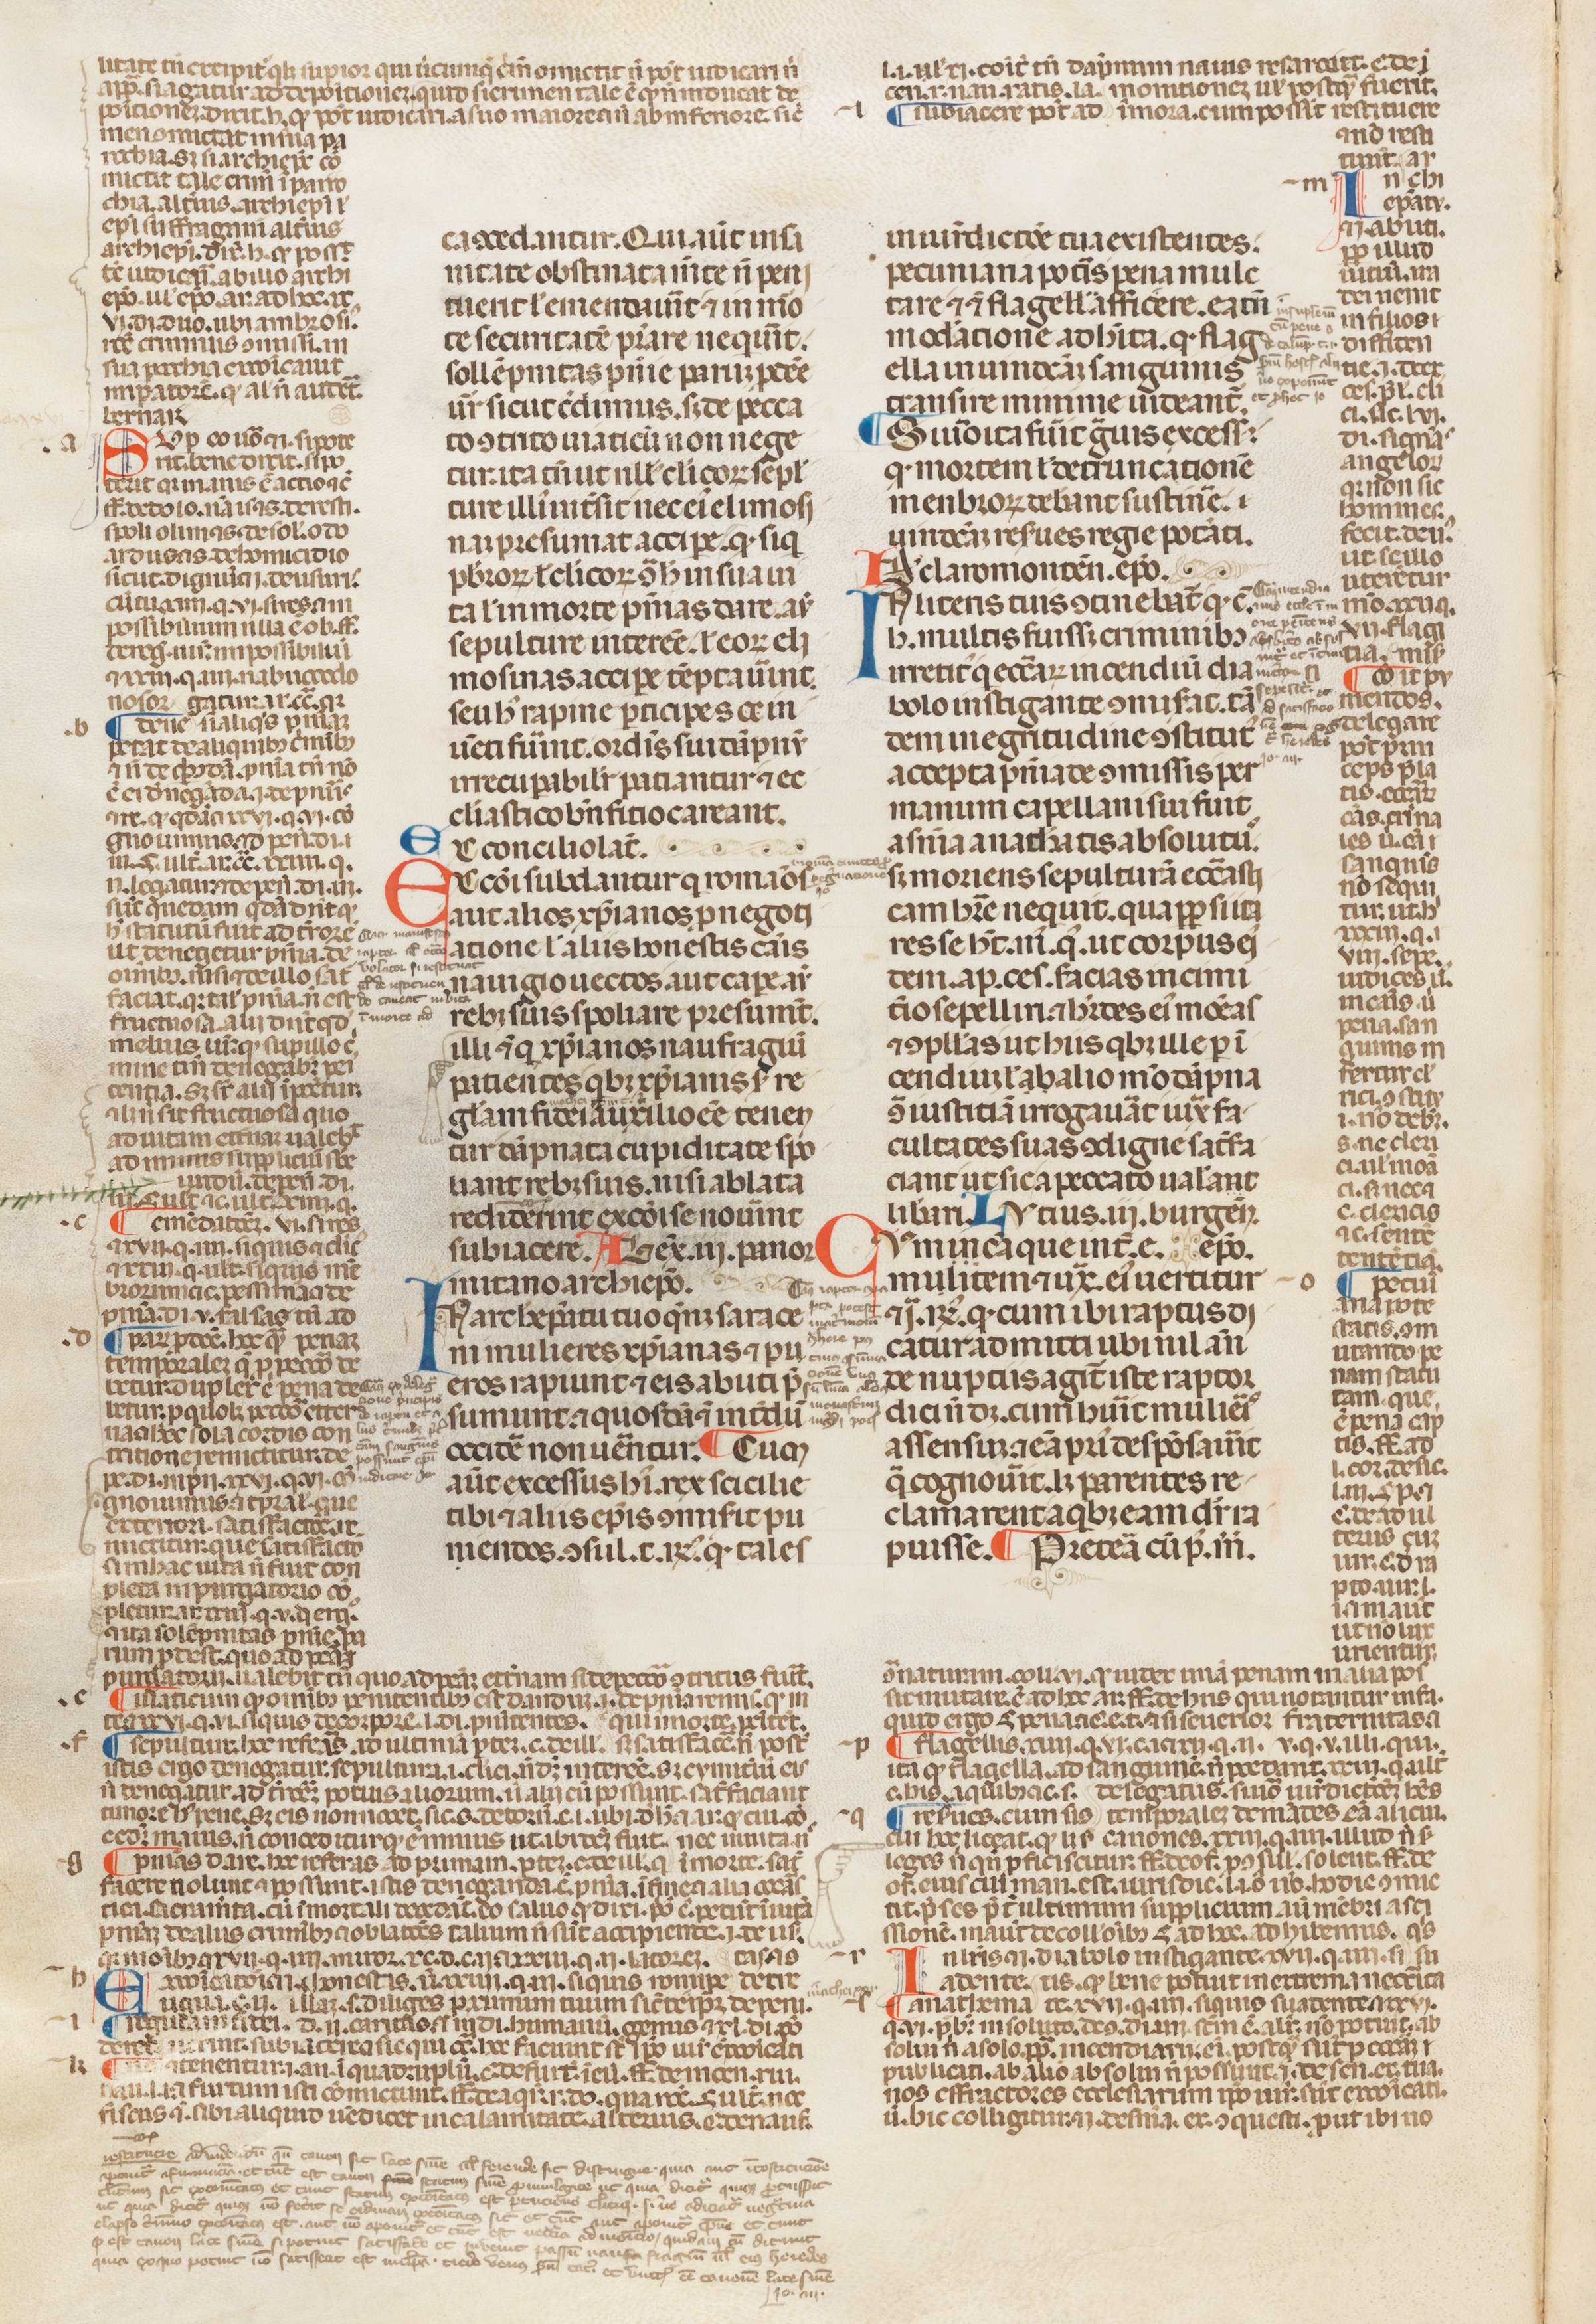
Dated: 1250–1399